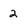
Character: 2